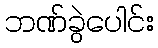
ဘဏ်ခွဲပေါင်း